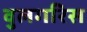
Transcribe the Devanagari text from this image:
वुलगरिस